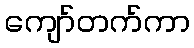
ကျော်တက်ကာ